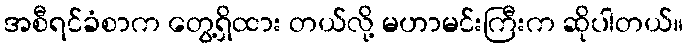
အစီရင်ခံစာက တွေ့ရှိထား တယ်လို့ မဟာမင်းကြီးက ဆိုပါတယ်။